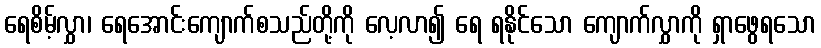
ရေစိမ့်လွှာ၊ ရေအောင်းကျောက်စသည်တို့ကို လေ့လာ၍ ရေ ရနိုင်သော ကျောက်လွှာကို ရှာဖွေရသော